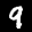
Label: 9